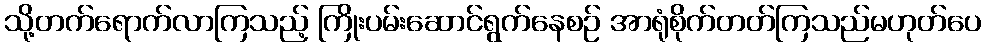
သို့တက်ရောက်လာကြသည့် ကြိုးပမ်းဆောင်ရွက်နေစဉ် အာရုံစိုက်တတ်ကြသည်မဟုတ်ပေ